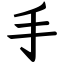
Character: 手